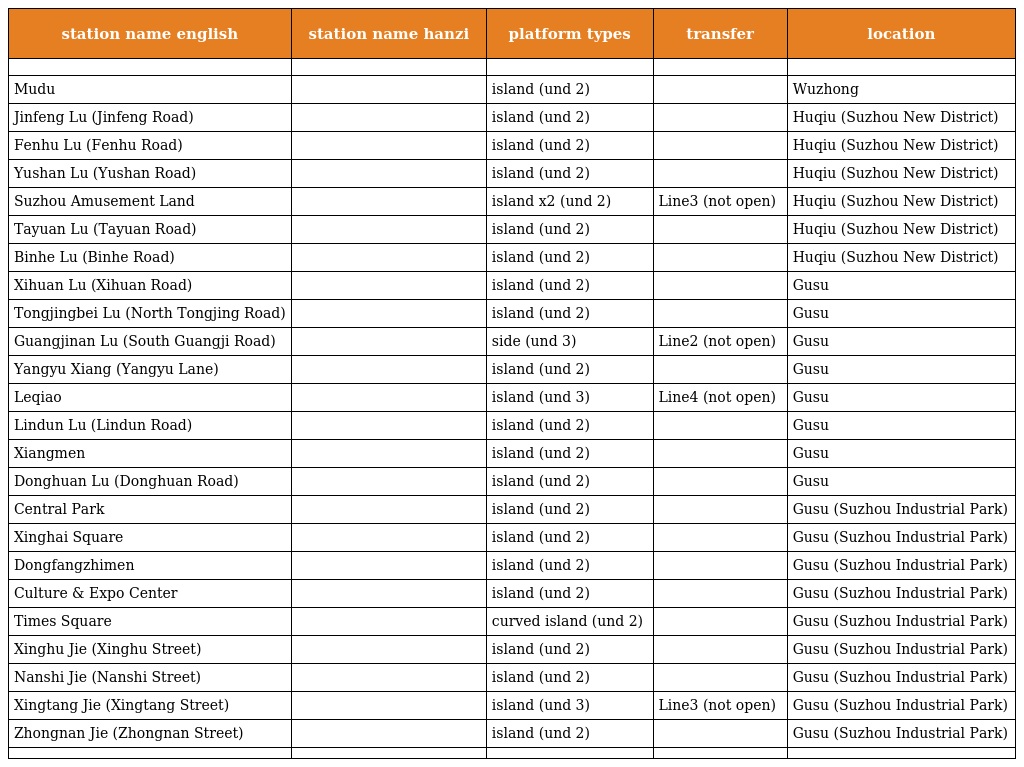
| station name english | station name hanzi | platform types | transfer | location |
 | --- | --- | --- | --- | --- |
 |  |  |  |  |  |
 | Mudu | 木渎 | island (und 2) |  | Wuzhong |
 | Jinfeng Lu (Jinfeng Road) | 金枫路 | island (und 2) |  | Huqiu (Suzhou New District) |
 | Fenhu Lu (Fenhu Road) | 汾湖路 | island (und 2) |  | Huqiu (Suzhou New District) |
 | Yushan Lu (Yushan Road) | 玉山路 | island (und 2) |  | Huqiu (Suzhou New District) |
 | Suzhou Amusement Land | 苏州乐园 | island x2 (und 2) | Line3 (not open) | Huqiu (Suzhou New District) |
 | Tayuan Lu (Tayuan Road) | 塔园路 | island (und 2) |  | Huqiu (Suzhou New District) |
 | Binhe Lu (Binhe Road) | 滨河路 | island (und 2) |  | Huqiu (Suzhou New District) |
 | Xihuan Lu (Xihuan Road) | 西环路 | island (und 2) |  | Gusu |
 | Tongjingbei Lu (North Tongjing Road) | 桐泾北路 | island (und 2) |  | Gusu |
 | Guangjinan Lu (South Guangji Road) | 广济南路 | side (und 3) | Line2 (not open) | Gusu |
 | Yangyu Xiang (Yangyu Lane) | 养育巷 | island (und 2) |  | Gusu |
 | Leqiao | 乐桥 | island (und 3) | Line4 (not open) | Gusu |
 | Lindun Lu (Lindun Road) | 临顿路 | island (und 2) |  | Gusu |
 | Xiangmen | 相门 | island (und 2) |  | Gusu |
 | Donghuan Lu (Donghuan Road) | 东环路 | island (und 2) |  | Gusu |
 | Central Park | 中央公园 | island (und 2) |  | Gusu (Suzhou Industrial Park) |
 | Xinghai Square | 星海广场 | island (und 2) |  | Gusu (Suzhou Industrial Park) |
 | Dongfangzhimen | 东方之门 | island (und 2) |  | Gusu (Suzhou Industrial Park) |
 | Culture & Expo Center | 文化博览中心 | island (und 2) |  | Gusu (Suzhou Industrial Park) |
 | Times Square | 时代广场 | curved island (und 2) |  | Gusu (Suzhou Industrial Park) |
 | Xinghu Jie (Xinghu Street) | 星湖街 | island (und 2) |  | Gusu (Suzhou Industrial Park) |
 | Nanshi Jie (Nanshi Street) | 南施街 | island (und 2) |  | Gusu (Suzhou Industrial Park) |
 | Xingtang Jie (Xingtang Street) | 星塘街 | island (und 3) | Line3 (not open) | Gusu (Suzhou Industrial Park) |
 | Zhongnan Jie (Zhongnan Street) | 钟南街 | island (und 2) |  | Gusu (Suzhou Industrial Park) |
 |  |  |  |  |  |